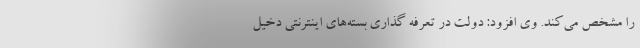
را مشخص می‌کند. وی افزود: دولت در تعرفه گذاری بسته‌های اینترنتی دخیل